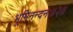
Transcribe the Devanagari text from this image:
भूमिनन्दनः॥२॥